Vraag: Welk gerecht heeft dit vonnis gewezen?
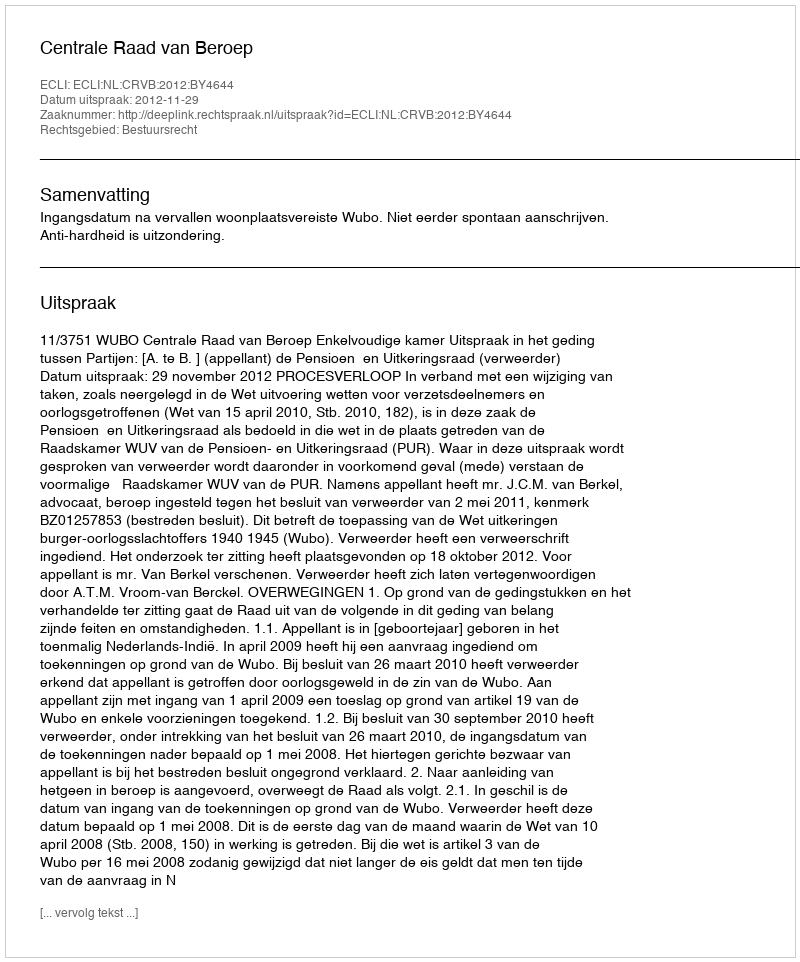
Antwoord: Centrale Raad van Beroep